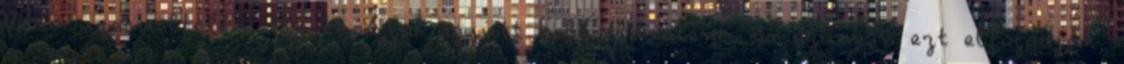
Városüzemeltetési Bizottsággal együtt kell eldönteni. Ha azonban ezt elfogadjuk,